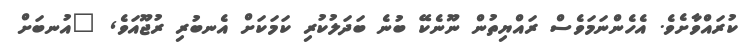
ކުރައްވާށެވެ. އެހެންނަމަވެސް ރައްޔިތުން ނޫނެކޭ ބުނެ ބަދަލުކުރި ކަމަކަށް އެނބުރި ރުޖޫއަވެ